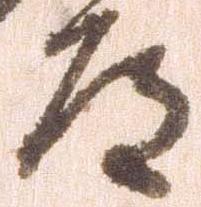
道